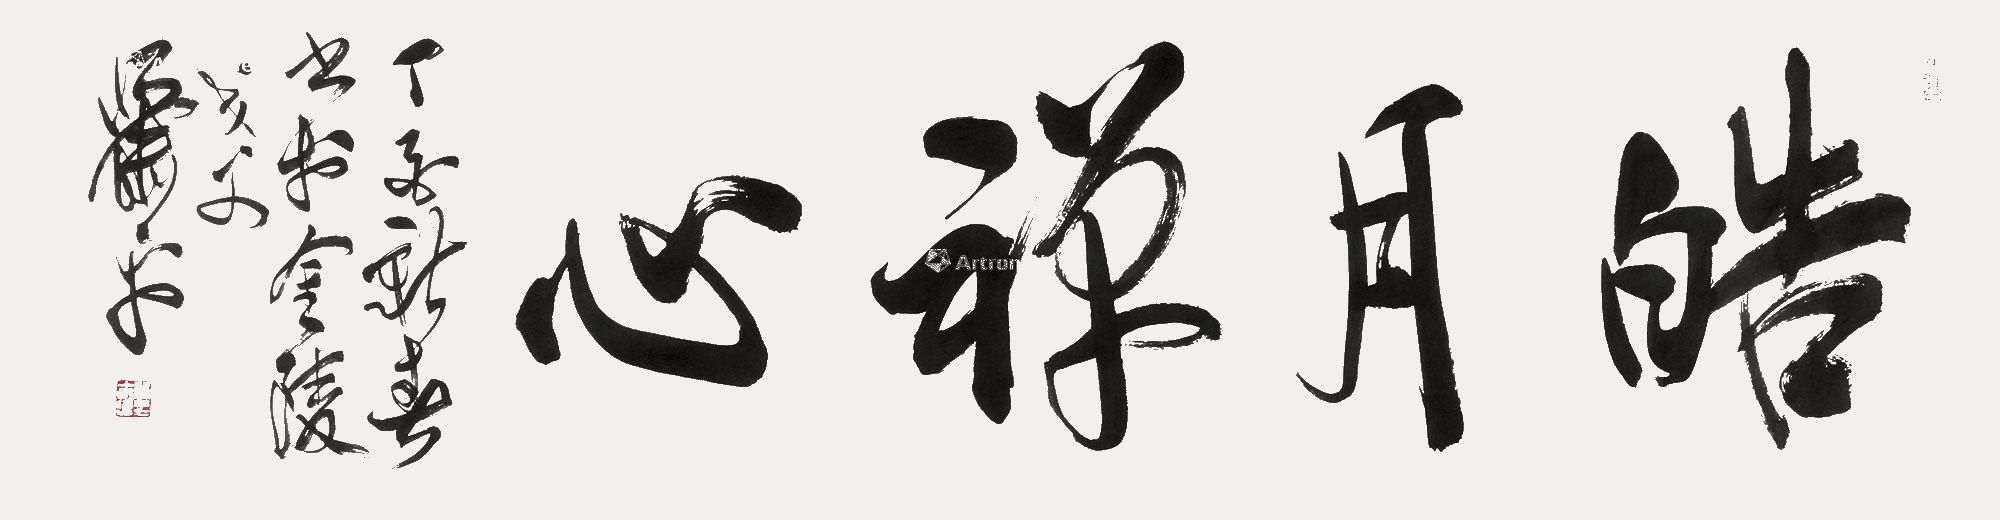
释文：皓月禅心丁酉新春书于金陵，戈父萧平。